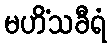
မဟိံသခီရံ